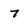
Character: 7